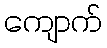
ကျောက်